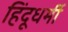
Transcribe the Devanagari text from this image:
हिंदूधर्मी